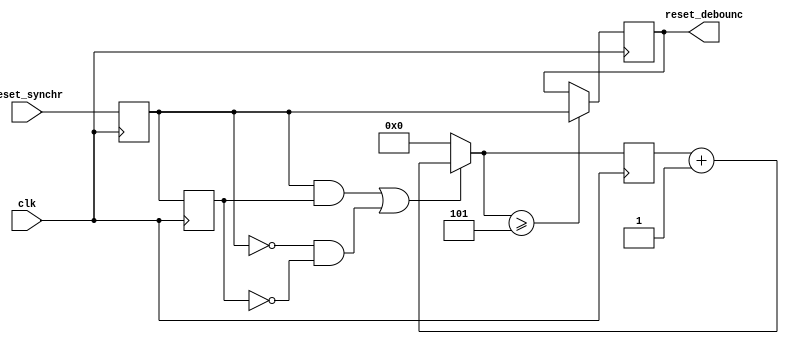
/* Axelou Olympia
 * oaxelou@uth.gr 
 * 2161
 * 
 * ce430
 * Project1: 7-Segment display
 *
 * Part B: 4-char message display (static)
 * 
 * debounce_circuit: input: synchronized reset signal
 *	                 output: debounce-checked reset signal
 *
 * Implementation: 
 *   Uses 2 flip-flops to get the values of the signal 
 *   and a counter: compares the 2 ff and if the values 
 *   are the same it's incremented. 
 *   
 *   When it reaches the number SUFFICIENT_CYCLES the output
 *   is set to the (common) value of the ffs. 
 *   
 *   That's when the circuit is sure that the button has been 
 *   pressed for enough time to be considered a deliberate action.
 *
 *
 *   State Table: (assuming SUFFICIENT_CYCLES = 2)
 *                Every entry of the table is a cycle.   
 *
 *  reset_synchr |  ff1  |  ff2  |  counter  |  output
 *         x     |   x   |   x   |    0      |    x
 *         0     |   x   |   x   |    0      |    x
 *         0     |   0   |   x   |    0      |    x
 *         0     |   0   |   0   |    1      |    x
 *         0     |   0   |   0   |    2      |    0
 *         1     |   0   |   0   |    3      |    0
 *         1     |   1   |   0   |    0      |    0
 *         1     |   1   |   1   |    1      |    0
 *         1     |   1   |   1   |    2      |    1
 *                          ...
 */
 
module debounce_circuit
	#(parameter SUFFICIENT_CYCLES = 5)
	( clk, reset_synchr, reset_debounc);
	input clk, reset_synchr;
	output reset_debounc;	
	
	reg reset_debounc;
	reg ff1, ff2;
	reg[31:0] counter;

	always @(posedge clk) 
		ff2 = ff1;
	
	always @(posedge clk)
		ff1 = reset_synchr;
	
	always @(posedge clk)
	begin
		if((ff1 == 1'b1 && ff2 == 1'b1) || (ff1 == 1'b0 && ff2 == 1'b0))
			counter = counter + 1;
		else
			counter = 0;
		
		if(counter >= SUFFICIENT_CYCLES)
			reset_debounc = ff1;
	end

endmodule